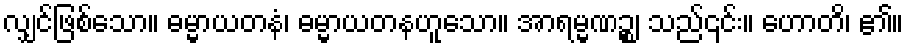
လျှင်ဖြစ်သော။ ဓမ္မာယတနံ၊ ဓမ္မာယတနဟူသော။ အာရမ္မဏဉ္စ၊ သည်၎င်း။ ဟောတိ၊ ၏။